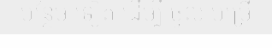
បន្ថែម ទៀត ដើម្បី ចូល បម្រើ